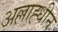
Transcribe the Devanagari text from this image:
अल्लाह्धीन